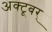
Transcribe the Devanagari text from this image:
अक्टूबर्